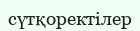
сүтқоректілер